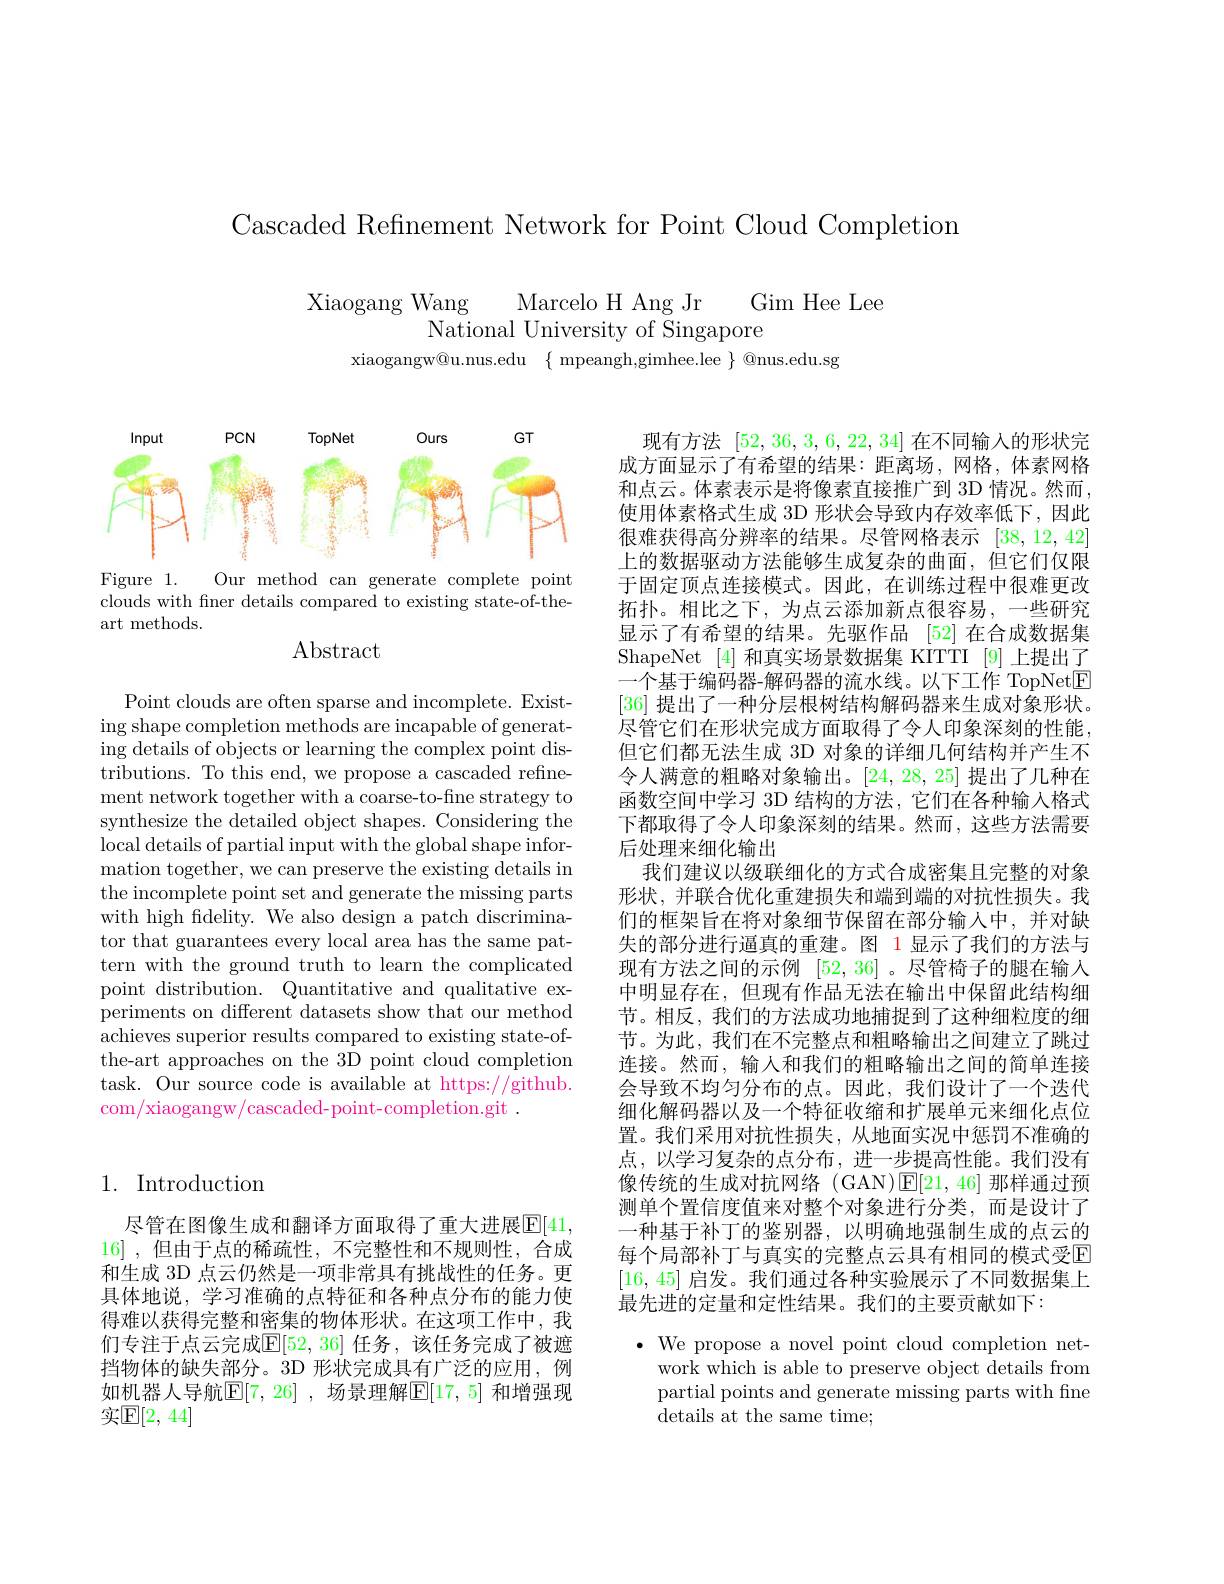
Cascaded Refinement Network for Point Cloud Completion

Xiaogang Wang Marcelo H Ang Jr Gim Hee Lee
National University of Singapore
xiaogangw@u.nus.edu$\begin{Bmatrix}\text{mpeangh,gimhee.lee}\end{Bmatrix}$@nus.edu.sg

## 1. Introduction

尽管在图像生成和翻译方面取得了重大进展$\mathbb{E}[41$, 16] ,但由于点的稀疏性，不完整性和不规则性，合成和生成 3D 点云仍然是一项非常具有挑战性的任务。更具体地说，学习准确的点特征和各种点分布的能力使得难以获得完整和密集的物体形状。在这项工作中，我们专注于点云完成$\mathbb{E}[52,36]$ 任务，该任务完成了被遮挡物体的缺失部分。3D 形状完成具有广泛的应用，例如机器人导航$\mathbb{E}[7,26]$ ,场景理解$\mathbb{E}[17,5]$ 和增强现实$\mathbb{E}[2,44]$

<FigureHere>
Figure 1.
Our method can generate complete point

clouds with finer details compared to existing state-of-the-
art methods.
$\operatorname{Abstract}$

Point clouds are often sparse and incomplete. Existing shape completion methods are incapable of generating details of objects or learning the complex point distributions. To this end, we propose a cascaded refinement network together with a coarse-to-fine strategy to synthesize the detailed object shapes. Considering the local details of partial input with the global shape information together, we can preserve the existing details in the incomplete point set and generate the missing parts with high fidelity. We also design a patch discriminator that guarantees every local area has the same pattern with the ground truth to learn the complicated point distribution. Quantitative and qualitative experiments on different datasets show that our method achieves superior results compared to existing state-ofthe-art approaches on the 3D point cloud completion task. Our source code is available at https://github. com/xiaogangw/cascaded-point-completion.git.

现有方法[52,36,3,6,22,34]在不同输入的形状完成方面显示了有希望的结果：距离场，网格，体素网格和点云。体素表示是将像素直接推广到 3D 情况。然而， 使用体素格式生成 3D 形状会导致内存效率低下，因此很难获得高分辨率的结果。尽管网格表示[38,12,42] 上的数据驱动方法能够生成复杂的曲面，但它们仅限于固定顶点连接模式。因此，在训练过程中很难更改拓扑。相比之下，为点云添加新点很容易，一些研究显示了有希望的结果。先驱作品 [52]在合成数据集ShapeNet [4] 和真实场景数据集 KITTI [9]上提出了一个基于编码器-解码器的流水线。以下工作 TopNetE [36]提出了一种分层根树结构解码器来生成对象形状。尽管它们在形状完成方面取得了令人印象深刻的性能， 但它们都无法生成 3D 对象的详细几何结构并产生不令人满意的粗略对象输出。[24,28,25]提出了几种在函数空间中学习 3D 结构的方法，它们在各种输入格式下都取得了令人印象深刻的结果。然而，这些方法需要后处理来细化输出
我们建议以级联细化的方式合成密集且完整的对象形状，并联合优化重建损失和端到端的对抗性损失。我们的框架旨在将对象细节保留在部分输人中，并对缺失的部分进行逼真的重建。图 1 显示了我们的方法与现有方法之间的示例[52,36] 。尽管椅子的腿在输入中明显存在，但现有作品无法在输出中保留此结构细节。相反，我们的方法成功地捕捉到了这种细粒度的细节。为此，我们在不完整点和粗略输出之间建立了跳过连接。然而，输人和我们的粗略输出之间的简单连接会导致不均匀分布的点。因此，我们设计了一个迭代细化解码器以及一个特征收缩和扩展单元来细化点位置。我们采用对抗性损失，从地面实况中惩罚不准确的点，以学习复杂的点分布，进一步提高性能。我们没有像传统的生成对抗网络 (GAN)$\mathsf{E}[21,46]$那样通过预测单个置信度值来对整个对象进行分类，而是设计了一种基于补丁的鉴别器，以明确地强制生成的点云的每个局部补丁与真实的完整点云具有相同的模式受E [16,45]启发。我们通过各种实验展示了不同数据集上最先进的定量和定性结果。我们的主要贡献如下：
$\bullet$ We propose a novel point cloud completion net-

work which is able to preserve object details from partial points and generate missing parts with fine details at the same time;